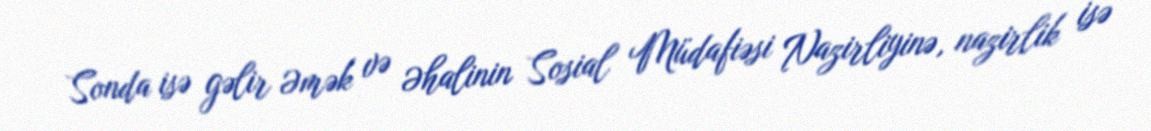
Sonda isə gəlir Əmək və Əhalinin Sosial Müdafiəsi Nazirliyinə, nazirlik isə